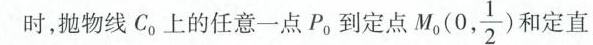
时，抛物线C。上的任意一点P，到定点 $$M_{0}(0, \frac{1}{2})$$ 和定直